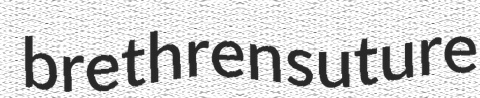
brethren suture